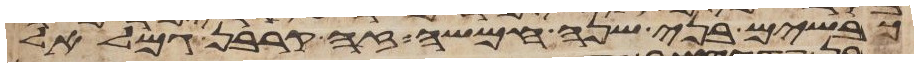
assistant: כבשים בני שנה חמשה זה קרבן גמלאל